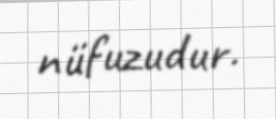
nüfuzudur.